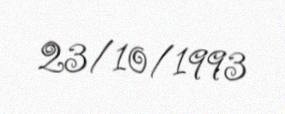
23/10/1993